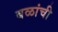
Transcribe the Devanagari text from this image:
बळांची